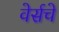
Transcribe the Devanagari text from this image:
वेर्सचे